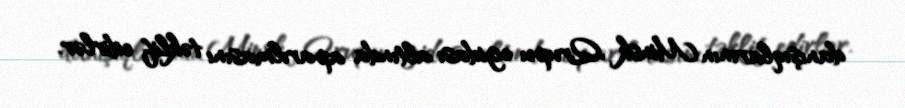
danışıqlarının Minsk Qrupu egidası altında aparılmasını təklif edirlər.